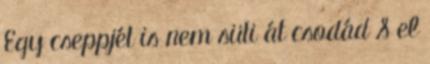
Egy cseppjét is nem süti át csodád S el